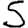
Digit: 5